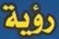
رؤية